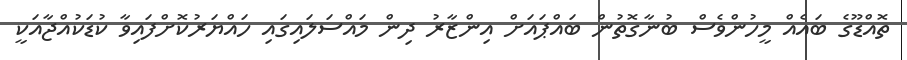
ތޮއްޑޫގެ ބައެއް މީހުންވެސް ބުނާގޮތުން ބައްޕައަށް އިންޒާރު ދިން މައްސަލައިގައި ހައްޔަރުކޮށްފައިވާ ކުޑަކުއްޖާއަކީ